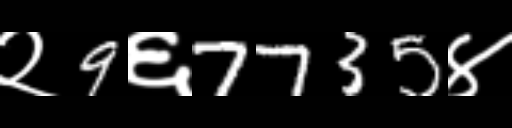
Text: २9६7735४